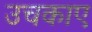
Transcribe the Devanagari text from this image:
उचकाए